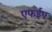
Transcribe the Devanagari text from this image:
एफईए